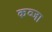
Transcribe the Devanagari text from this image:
कव्जा